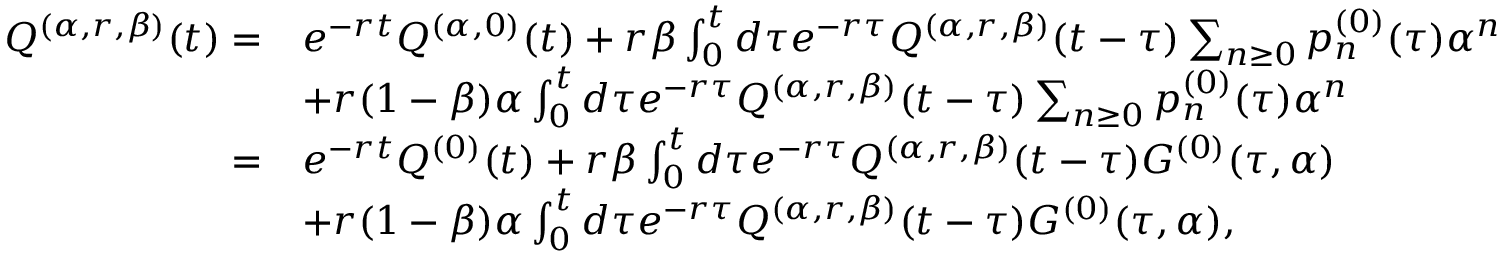
\begin{array} { r l } { Q ^ { ( \alpha , r , \beta ) } ( t ) = } & { e ^ { - r t } Q ^ { ( \alpha , 0 ) } ( t ) + r \beta \int _ { 0 } ^ { t } d \tau e ^ { - r \tau } Q ^ { ( \alpha , r , \beta ) } ( t - \tau ) \sum _ { n \geq 0 } p _ { n } ^ { ( 0 ) } ( \tau ) \alpha ^ { n } } \\ & { + r ( 1 - \beta ) \alpha \int _ { 0 } ^ { t } d \tau e ^ { - r \tau } Q ^ { ( \alpha , r , \beta ) } ( t - \tau ) \sum _ { n \geq 0 } p _ { n } ^ { ( 0 ) } ( \tau ) \alpha ^ { n } } \\ { = } & { e ^ { - r t } Q ^ { ( 0 ) } ( t ) + r \beta \int _ { 0 } ^ { t } d \tau e ^ { - r \tau } Q ^ { ( \alpha , r , \beta ) } ( t - \tau ) G ^ { ( 0 ) } ( \tau , \alpha ) } \\ & { + r ( 1 - \beta ) \alpha \int _ { 0 } ^ { t } d \tau e ^ { - r \tau } Q ^ { ( \alpha , r , \beta ) } ( t - \tau ) G ^ { ( 0 ) } ( \tau , \alpha ) , } \end{array}